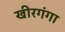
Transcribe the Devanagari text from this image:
खीरगंगा